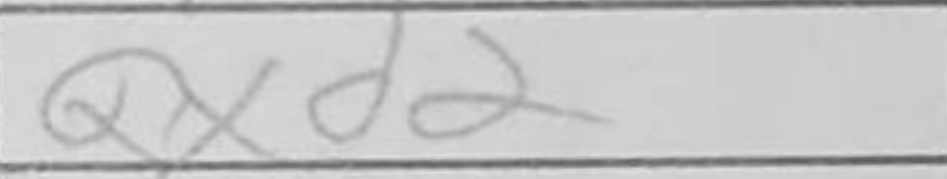
Transcription: Qxd2